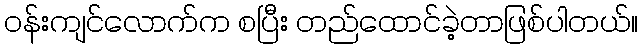
ဝန်းကျင်လောက်က စပြီး တည်ထောင်ခဲ့တာဖြစ်ပါတယ်။